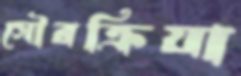
সৌরক্রিয়া